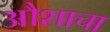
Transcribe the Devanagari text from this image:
औशाचा